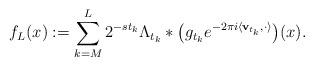
LaTeX: \begin{align*}f_L(x):=\sum_{k=M}^{L}{2^{-{s} {t_k}}{\Lambda}_{{t_k}}\ast \big(g_{{t_k}} e^{-2\pi i\langle \mathbf{v}_{{t_k}},\cdot \rangle}\big)(x)}.\end{align*}